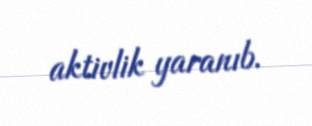
aktivlik yaranıb.